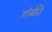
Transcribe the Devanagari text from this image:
गंकी